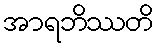
အာရဘိဿတိ